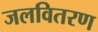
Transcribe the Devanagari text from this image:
जलवितरण